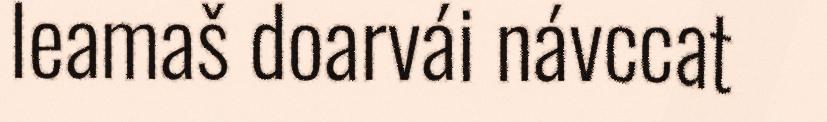
leamaš doarvái návccat